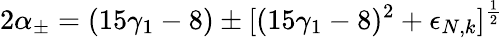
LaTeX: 2\alpha_{\pm}=(15\gamma_{1}-8)\pm[(15\gamma_{1}-8)^{2}+\epsilon_{N,k}]^{\frac 12}